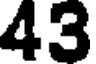
43